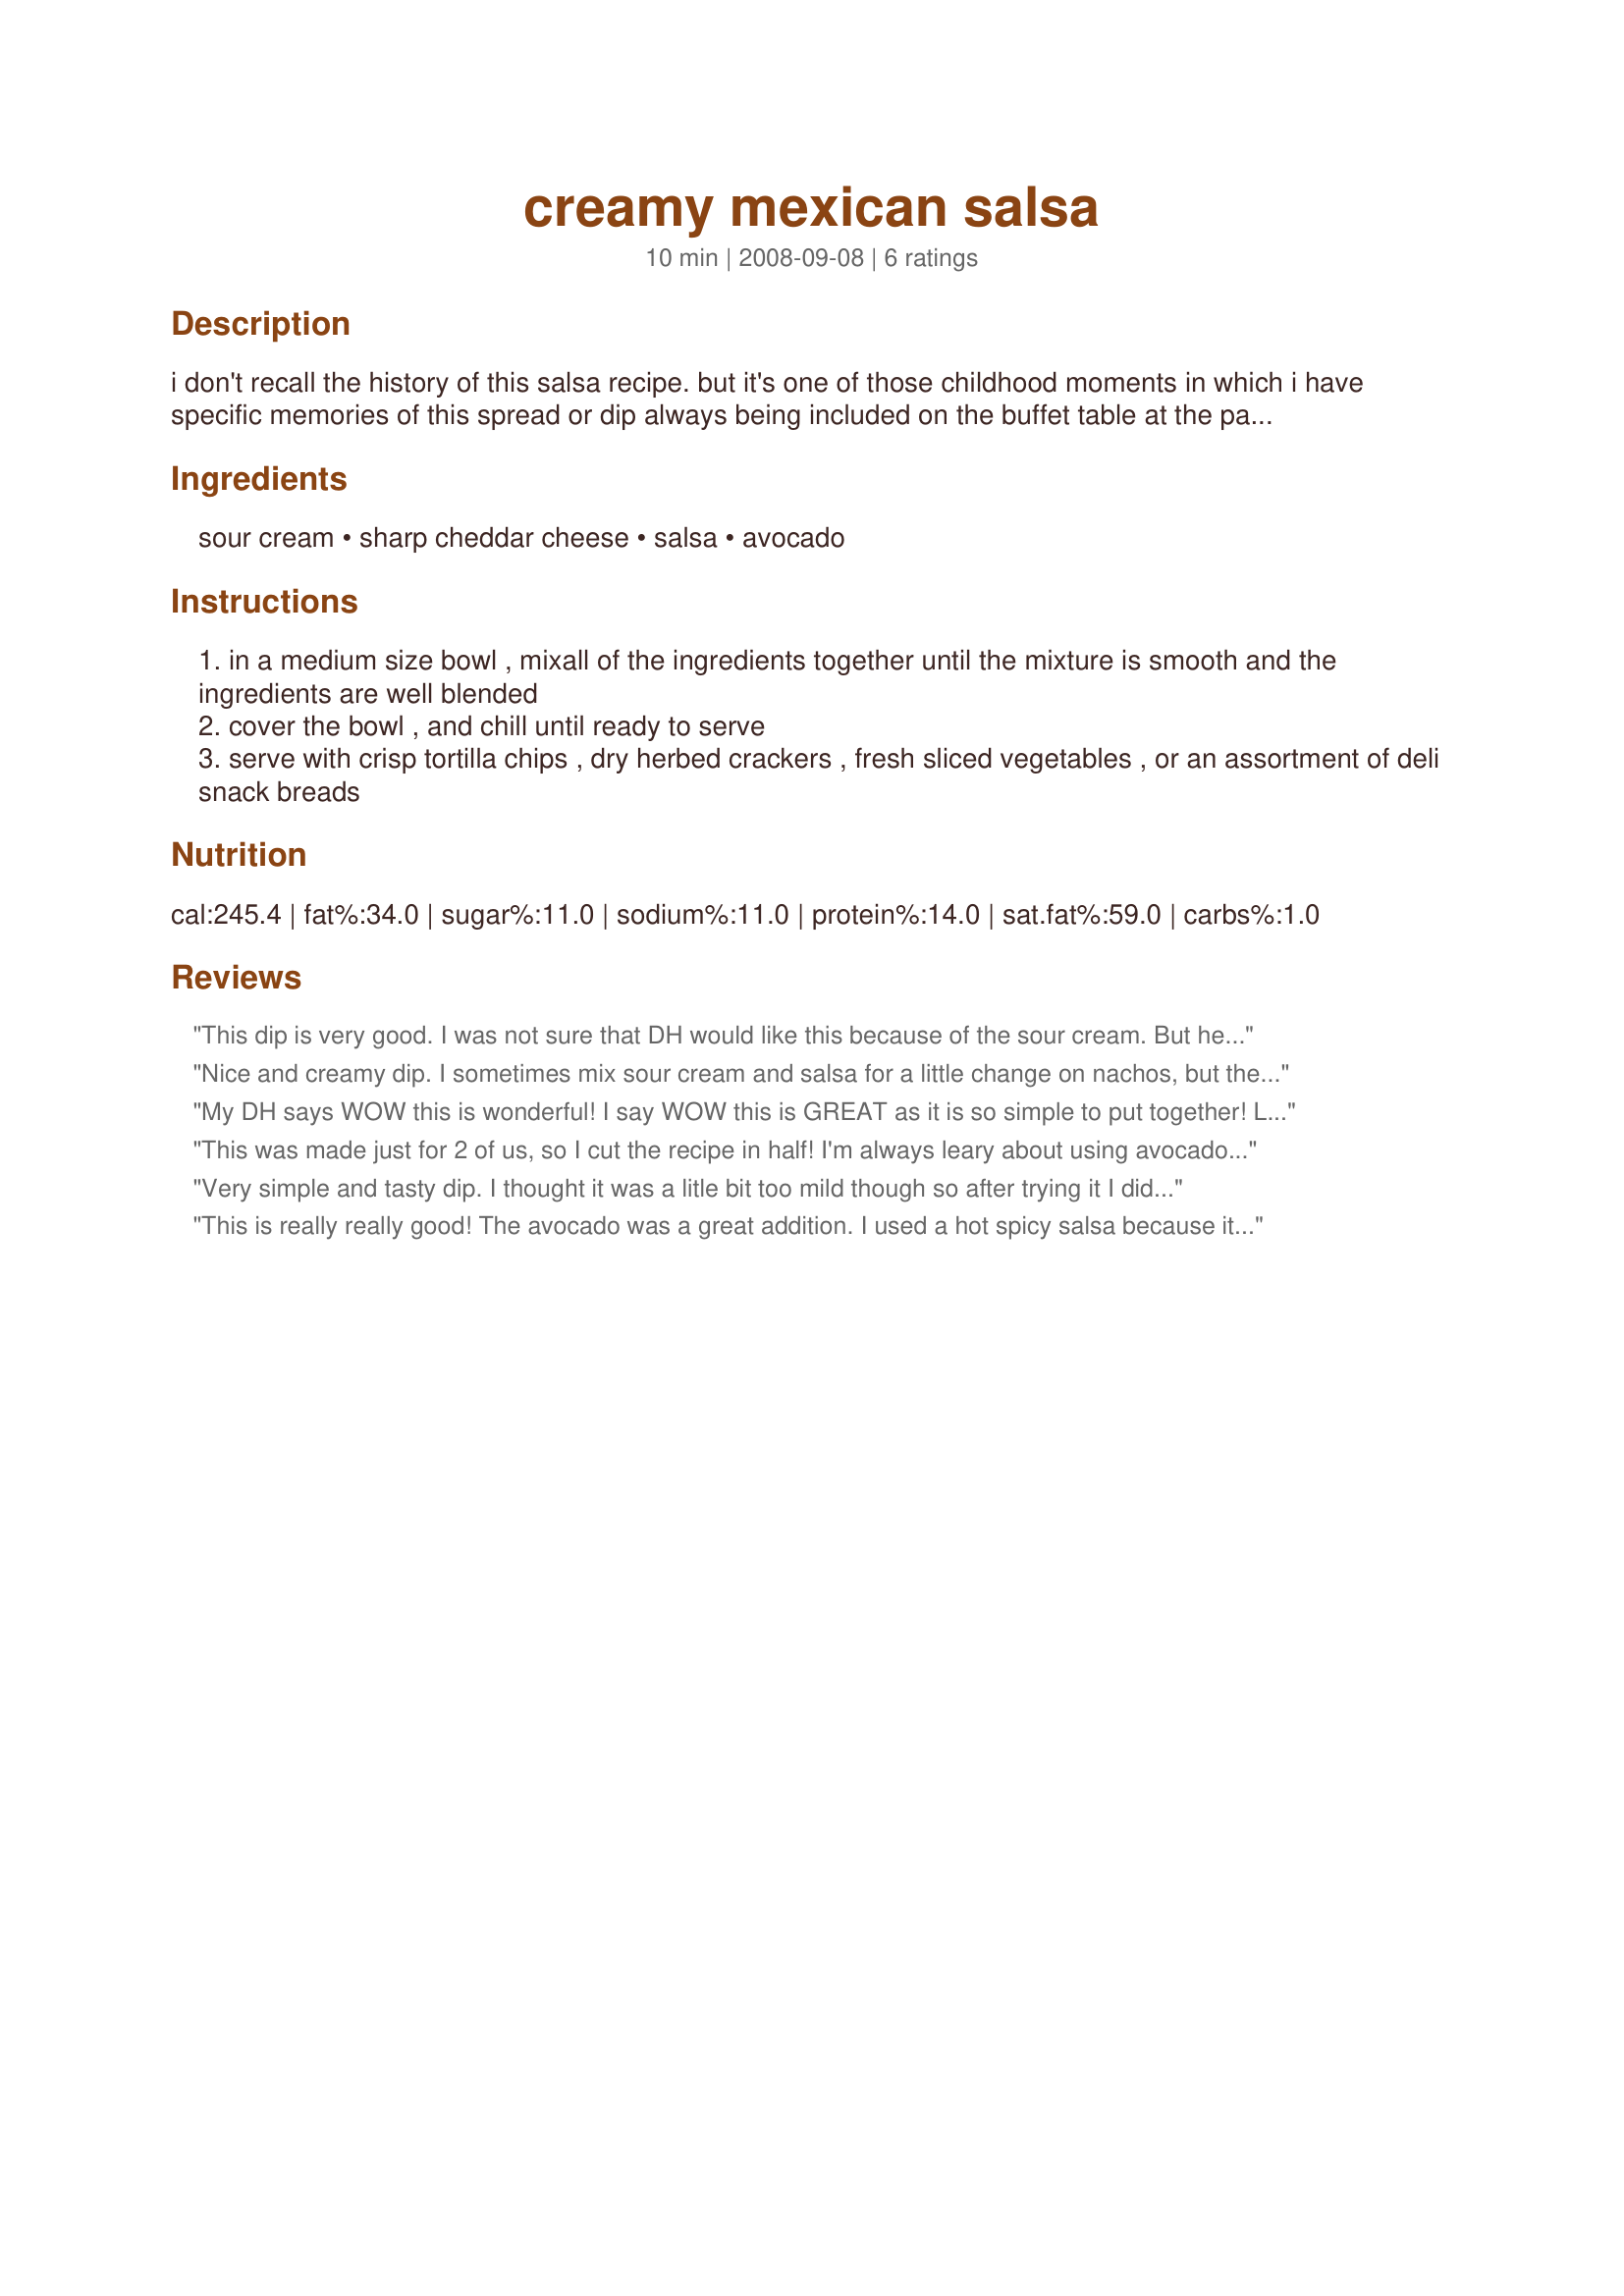
creamy mexican salsa
Preparation time: 10 minutes

i don't recall the history of this salsa recipe. but it's one of those childhood moments in which i have specific memories of this spread or dip always being included on the buffet table at the parties my mom and dad hosted in our home. there was never any left, and everyone seemed to enjoy it. it's great with tortilla chips, dry crackers (especially a zesty herb cracker), fresh vegetables and deli snack breads.

Ingredients:
sour cream, sharp cheddar cheese, salsa, avocado

Steps:
in a medium size bowl , mixall of the ingredients together until the mixture is smooth and the ingredients are well blended
cover the bowl , and chill until ready to serve
serve with crisp tortilla chips , dry herbed crackers , fresh sliced vegetables , or an assortment of deli snack breads

Reviews:
This dip is very good. I was not sure that DH would like this because of the sour cream. But he did liked it. Even though I bought mango-lime salsa. It's not the same at all. I'll try it again with a regular salsa. For the sour cream I used a package of 500 ml which is less than 16 ounces I think. Thanks NorthwestGal. Made for Holiday tag.
Nice and creamy dip. I sometimes mix sour cream and salsa for a little change on nachos, but the addition of the cheddar cheese and avocado makes this so much better. I did add a little extra salsa so it would better hide the avocado color, DH does NOT like avocados but he ate this! Made for ZWT8.
My DH says WOW this is wonderful! I say WOW this is GREAT as it is so simple to put together! Light texture and a nice bite of spice (I used a hot salsa) throughout! Made exactly as written. Thanks NWG for a great dip to make for my hubby! Tagged in 123 Hits.
This was made just for 2 of us, so I cut the recipe in half! I'm always leary about using avocado in anything (almost always, anyway!), but it worked out very well here, I we really enjoyed this salsa! Definitely a keeper recipe that I'll be making off & on throughout the summer! Thanks for posting it! [Tagged, made & reviewed in Gimme 5 tag]
Very simple and tasty dip. I thought it was a litle bit too mild though so after trying it I did add some more salsa. I liked the subtle avocado flavor. I sat down with a big bowl of this and a bag of tortilla chips for a lazy day lunch since I was home alone. :) Thanks for posting!
This is really really good! The avocado was a great addition. I used a hot spicy salsa because it would lose some heat with the sour cream. I'm glad I did. This turned out just right for everyone. It is a great dip for scooper chips. I think it would make an excellent sauce for chicken - or even as a dressing for a taco salad! Made and Reviewed for PRMR - Thanks! :)
